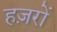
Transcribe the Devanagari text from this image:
हज़रों